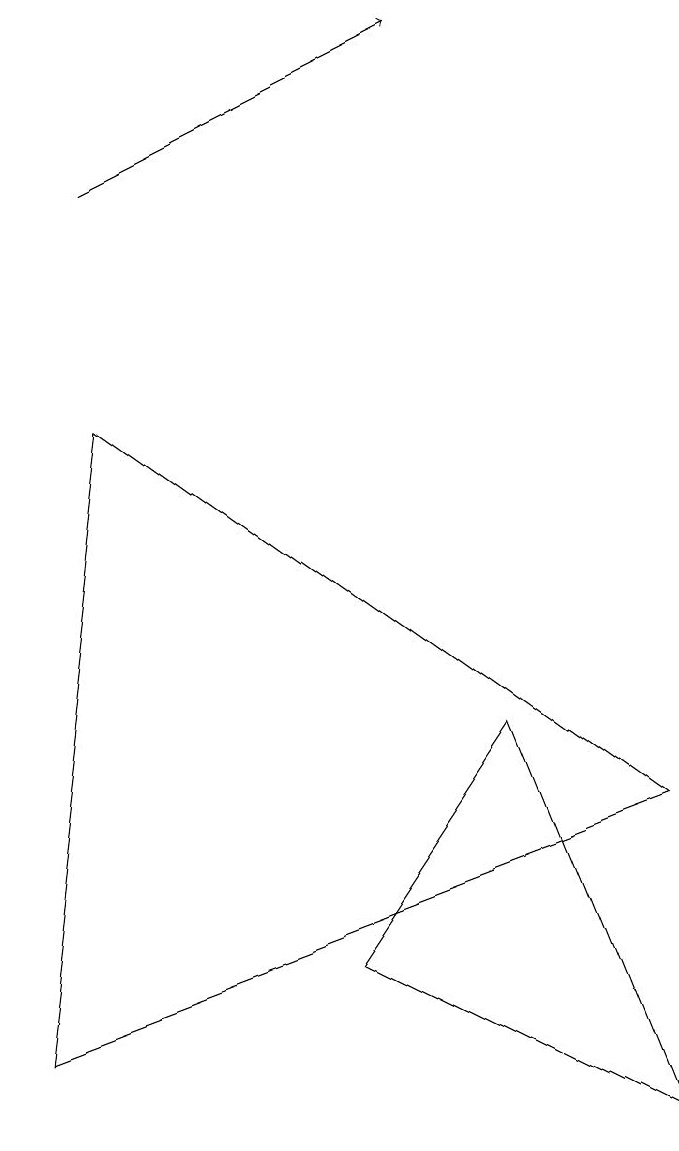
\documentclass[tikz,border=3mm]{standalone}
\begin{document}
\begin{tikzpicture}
\draw (6,5) -- (4,2) -- (8,0) -- cycle;
\draw[->] (1,12) -- (5,14);
\draw (8,4) -- (1,9) -- (0,1) -- cycle;
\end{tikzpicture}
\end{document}